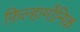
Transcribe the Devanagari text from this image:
फ़िल्हार्मोनिक